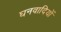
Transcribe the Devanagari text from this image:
घनवादियों